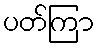
ပတ်ကြာ